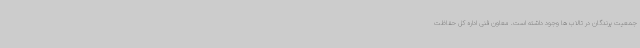
جمعیت پرندگان در تالاب ها وجود داشته است. معاون فنی اداره کل حفاظت